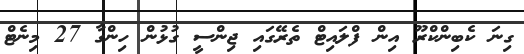
ގިނަ ކެބިންކްރޫ އިން ފްލައިޓް ތެރޭގައި ޖިންސީ ގުޅުން ހިންގާ 27 މިނެޓް